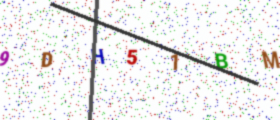
Text: 9DH51BM